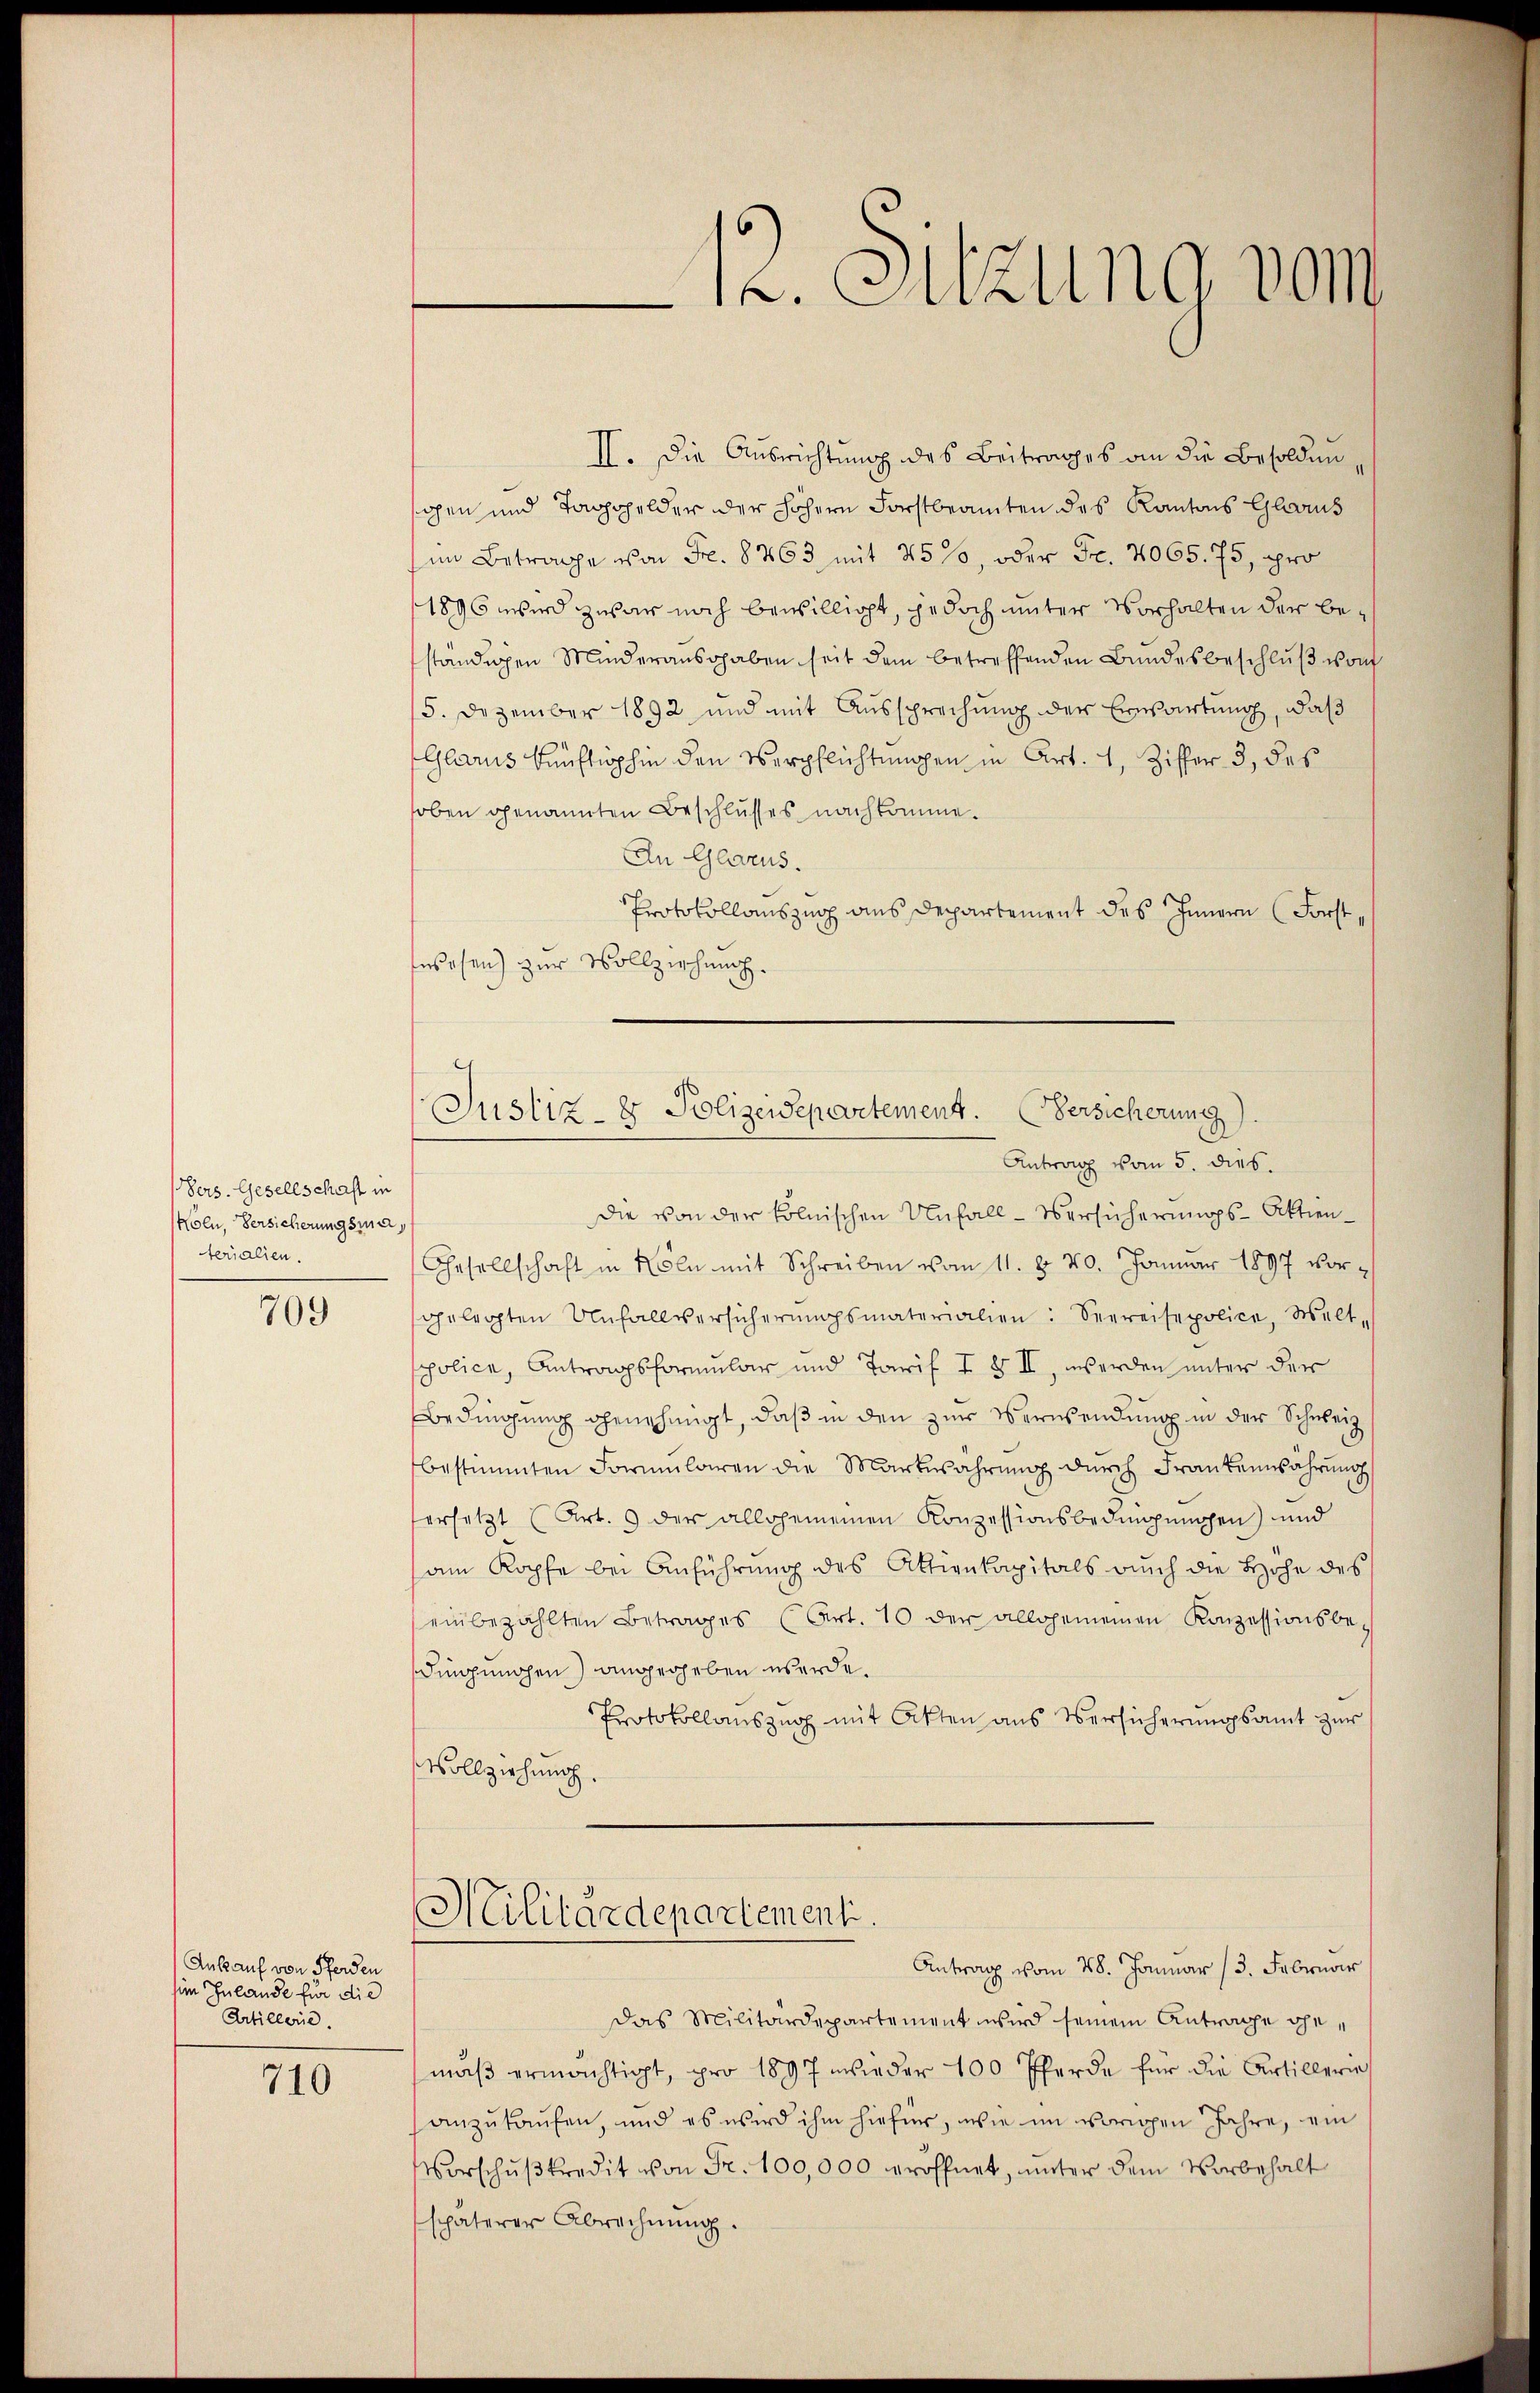
Vers. Gesellschaft in
Köln, Versicherungsma
terialien.

709

Ankauf von Pferden
him Inlande für die
Artillerie.

710

II. Die Ausrichtung des Beitrages an die Besoldungen und Taggelder der höhern Forstbeamten des Kantons Glarus
im Betrage von Fr. 8263 mit 250, oder Fr. 4065. 75, pro
1896 wird zwar noch bewilligt, jedoch unter Vorhalten der beständigen Minderausgaben seit dem betreffenden Bundesbeschluß von
15. Dezember 1892 und mit Aussprechung der Erwartung, daß
(Glarus künftighin den Verpflichtungen in Art. 1, Ziffer 3, des
hoben genannten Beschlusses nachkomme.
An Glarus.
Protokollauszug aus Departement des Innern (Forstwesen) zur Vollziehung.
Die von der kölnischen Unfall-Versicherungs-Aktien¬
Gesellschaft in Köln mit Schreiben vom 11. d. 20. Januar 1897 vor-
gelegten Unfallversicherŭngsmaterialien: Seereisepolice, Welt-
spolice, Antragsformular und Tarif I § II, werden unter der
Bedingung genehmigt, daß in den zur Verwendung in der Schweiz
bestimmten Formularen die Markwahrŭng dŭrch Frankenwährŭng
ersetzt (Art. 9 der allgemeinen Konzessionsbedingungen) und
am Kopfe bei Anführung des Aktienkapitals auch die Höhe des
einbezahlten Betrages (Art. 10 der allgemeinen Konzessionsbe-
dingungen) angegeben werde.
Protokollauszug mit Akten aus Versicherungsamt zur
Vollziehung.
Militärdepartement.
Antrag vom 28. Januar (3. Februar
das Militärdepartement wird seinem Antrage gemäß ermächtigt, pro 1897 wieder 100 Pferde für die Artillerie
anzukaufen, und es wird ihm hiefür, wie im vorigen Jahre, ein
Vorschußkredit von Fr. 100,000 eröffnet, unter dem Vorbehalt
späterer Abrechnŭng.

12. Sitzung vom

Justiz- & Polizewepartement. Versicherung).
Antrag vom 5. dies